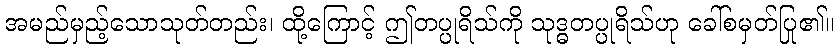
အမည်မှည့်သောသုတ်တည်း၊ ထို့ကြောင့် ဤတပ္ပုရိသ်ကို သုဒ္ဓတပ္ပုရိသ်ဟု ခေါ်စမှတ်ပြု၏။